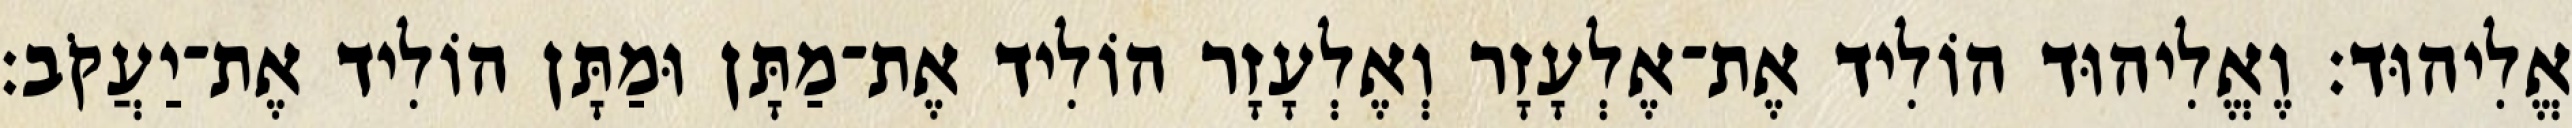
אֱלִיהוּד׃ וֶאֱלִיהוּד הוֹלִיד אֶת־אֶלְעָזָר וְאֶלְעָזָר הוֹלִיד אֶת־מַתָּן וּמַתָּן הוֹלִיד אֶת־יַעֲקֹב׃